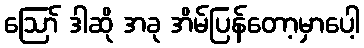
ဪ ဒါဆို အခု အိမ်ပြန်တော့မှာပေါ့